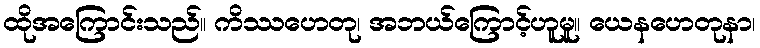
ထိုအကြောင်းသည်။ ကိဿဟေတု၊ အဘယ်ကြောင့်ဟူမူ။ ယေနဟေတုနာ၊